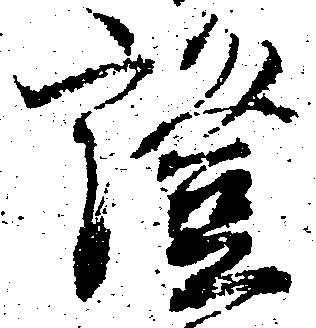
証